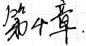
第4章